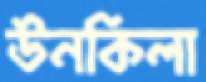
উনকিলা